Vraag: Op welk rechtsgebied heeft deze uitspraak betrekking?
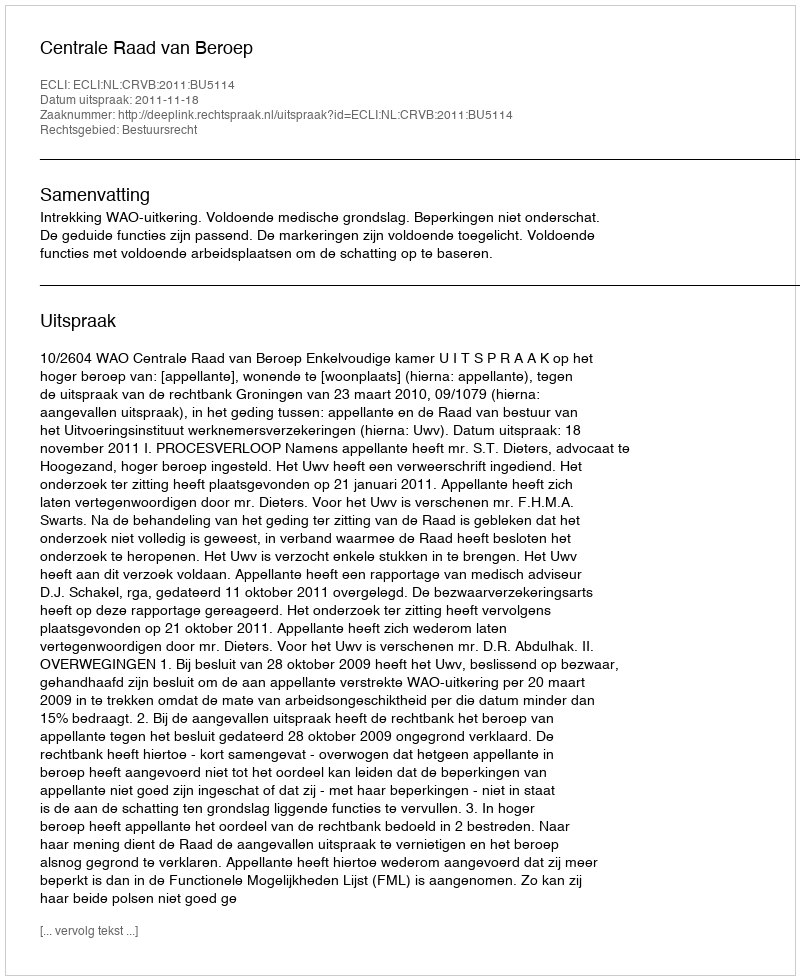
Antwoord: Bestuursrecht